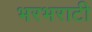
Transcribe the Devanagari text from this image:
भरभराटी